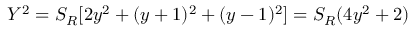
Y ^ { 2 } = S _ { R } [ 2 y ^ { 2 } + ( y + 1 ) ^ { 2 } + ( y - 1 ) ^ { 2 } ] = S _ { R } ( 4 y ^ { 2 } + 2 )